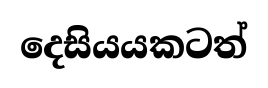
දෙසියයකටත්